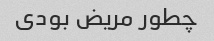
چطور مریض بودی